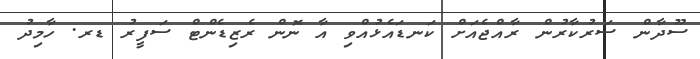
ސޫދާން ސަރުކާރުން ރާއްޖެއަށް ކަނޑައެޅުއްވި އާ ނޮން ރެޒިޑެންޓް ސަފީރު ޑރ. ހާމިދު